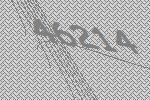
46214